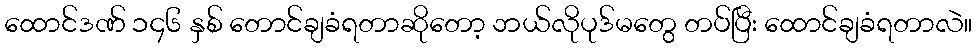
ထောင်ဒဏ် ၁၄၆ နှစ် တောင်ချခံရတာဆိုတော့ ဘယ်လိုပုဒ်မတွေ တပ်ပြီး ထောင်ချခံရတာလဲ။